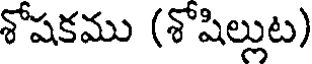
శోషకము (శోషిల్లుట)